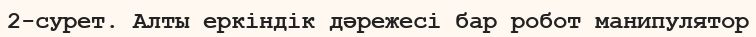
2-сурет. Алты еркіндік дәрежесі бар робот манипулятор